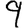
Digit: 9